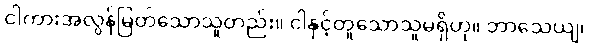
ငါကားအလွန်မြတ်သောသူတည်း။ ငါနှင့်တူသောသူမရှိဟု။ ဘာသေယျ၊